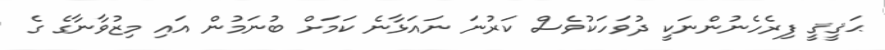
ޙަޤީޤީ ފިރެހެނުންނަކީ ދުވަހަކުވެސް ކަރުނަ ނައަޅާނެ ކަމަށް ބުނަމުން އައި މިޒުވާނާގެ ގެ